Lock hospitals Punjab
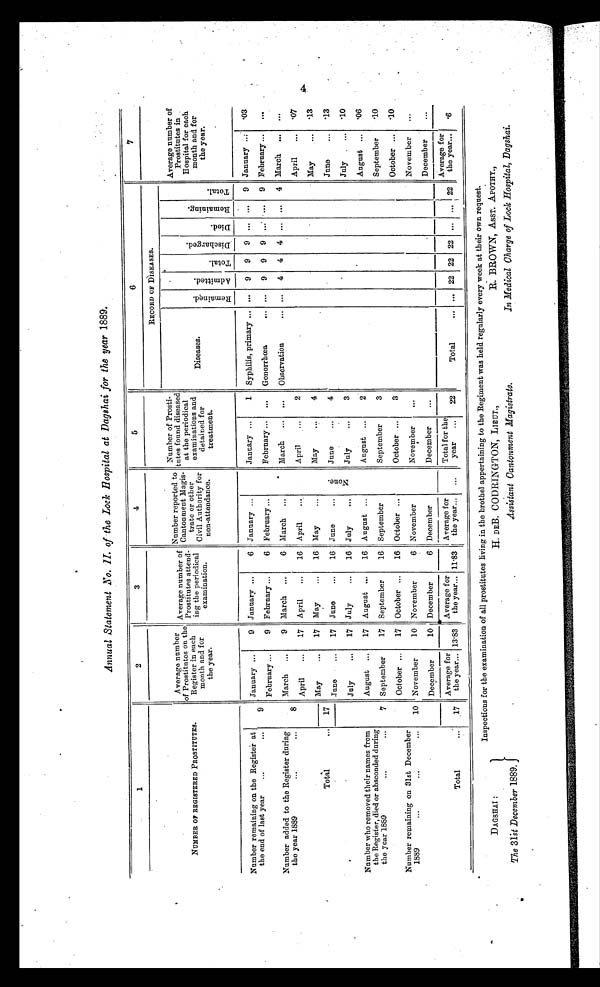
Annual Statement No. II, of the Lock Hospital at Dagshai for the year 1889.
1
2
3
4
5
6
7
NUMBER OF REGISTERED PROSTITUTES.
Average number
of Prostitutes on the
Register in each
month and for
the year.
Average number of
Prostitutes attend-
ing the periodical
examination.
Number reported to
Cantonment Magis-
trate or other
Civil Authority for
non-attendance,
Number of prosti- t u t e s f o u n d d i s e a s e d
a t t h e p e r i o d i c a l
e x a m i n a t i o n s a n d
d e t a i n e d f o r
t r e a t m e n t .
e a c h
RECORD OF DISEASES.
Average number of
Prostitutes in
Hospital fo
r each
month and for
the year.
Diseases.
R e m a i n e d . A d m i t t e d .
T o t a l .
D i s c h a r g e d .
D i e d .
Remai ned.
T o t a l .
Number remaining on the Register at
the end of last year
...
...
9
January
9 January
6 January
N o n e .
January
1 Syphilis, primary ...
9 9 9
. . . ... 9 January
. 0 3
February
9 February
6 February
February
... Gonorrhoea
... ... 9 9 9
. . . ... 9 February
...
Number added to the Register during
the year 1889
...
8
March
9 March
6 March
March
. . .
Observation
. . . . . . 4 4 4 ... ... 4 March
. . .
April
17 April
16 April
April
2
April
. 07
Total
..
17
May
17 May
16 May
May
4
May
. 1 3
June
17 June
16 June
June
4
June
. 1 3
July
17 July
16 July
July
3
July
. 10
Number who removed their names from
the Register, died or absconded during
the year 1889
...
7
August
17 August
16 August
August
2
August
. 0 6
September
17 September
16 September
September
3
September
. 1 0
Number remaining on 31st December
1889
...
...
10
October
17 October
16 October
October
3
October
. 1 0
November
10 November
6 November
November
...
November
...
December
10 December
6 December
December
...
December
...
Total
...
17
Average for
the year... 13.83
Average for
the year... 11.83
Average for
the year... ...
Total for the
year... 22
Total
. . . . . . 22 22 22 ... ... 1 22
Average for
the year...
. 6
Inspections for the examination of all prostitutes living in the brothel appertaining to the Regiment was held regularly every week at their own request.
4
DAGSHAI :
The 31st December 1889.
H. DEB. CODRINGTON, LIEUT.,
Assistant Cantonment Magistrate.
R. BROWN, ASST. APOTHY,,
In Medical Charge of Lock Hospital, Dagshai.